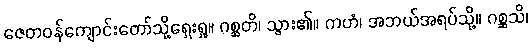
ဇေတဝန်ကျောင်းတော်သို့ရှေးရှု။ ဂစ္ဆတိ၊ သွား၏။ ကဟံ၊ အဘယ်အရပ်သို့။ ဂစ္ဆသိ၊